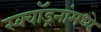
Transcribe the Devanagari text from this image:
स्क्वॉड्रनांमध्ये